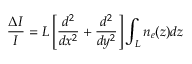
\frac { \Delta I } { I } = L \left[ \frac { d ^ { 2 } } { d x ^ { 2 } } + \frac { d ^ { 2 } } { d y ^ { 2 } } \right] \int _ { L } n _ { e } ( z ) d z